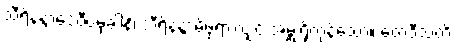
သီရိနန္ဒာဒေဝီပမုခါနိ၊ သီရိနန္ဒာမိဖုရားလျှင် အမှူးရှိကုန်သော။ တေဝီသတိ